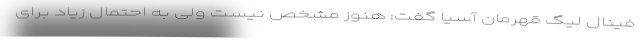
فینال لیگ قهرمان آسیا گفت: هنوز مشخص نیست ولی به احتمال زیاد برای